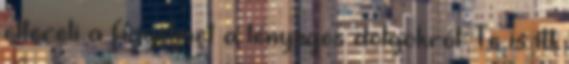
eltereli a figyelmet a lényeges dolgokról. Te is itt